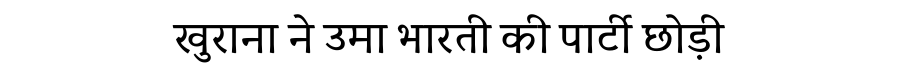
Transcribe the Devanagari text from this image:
खुराना ने उमा भारती की पार्टी छोड़ी